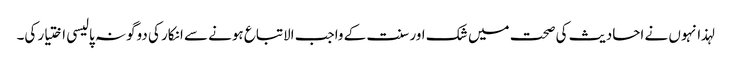
لہذا نہوں نے احادیث کی صحت میں شک اور سنت کے واجب الاتباع ہونے سے انکار کی دوگونہ پالیسی اختیار کی۔